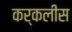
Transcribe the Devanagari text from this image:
कर्कलीस